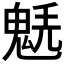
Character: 𩳂